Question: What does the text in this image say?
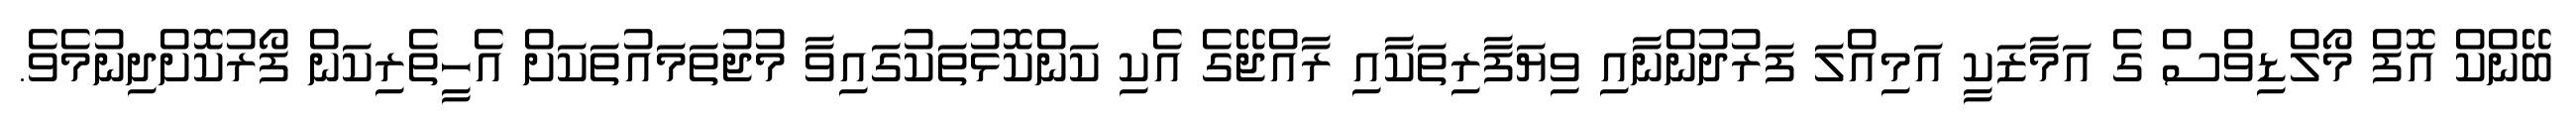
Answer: ބޭންކް އޮފް މޯލްޑިވްސް ގެ އަމާޒަކީ އަމިއްލަ ފަރުދުންނާއި ވިޔަފާރިތަކާއި ރާއްޖޭގެ އެކި ކަންކޮޅުތަކުގައިވާ މުޖުތަމައުތަކަށް އެހީތެރިކަން ފޯރުކޮށްދިނުމެވެ.